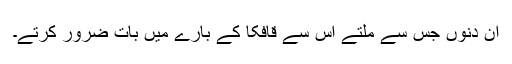
ان دنوں جس سے ملتے اس سے قافکا کے بارے میں بات ضرور کرتے۔